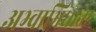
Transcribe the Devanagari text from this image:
अभ्वाभिधाना